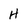
Character: H